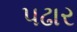
પઢાર